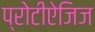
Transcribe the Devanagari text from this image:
प्रोटीऐजिज